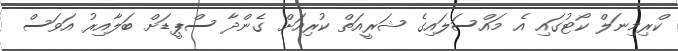
ކްރިމިނަލް ކޯޓުގައި އެ މައްސަލައިގެ ޝަރީއަތް ކުރިއަށް ގެންދާ ސްޕީޑަށް ބަލާއިރު އަވަސް